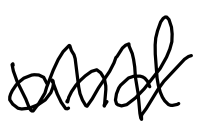
Text: and
Cross-out: zig-zag
Writing tool: digital_black